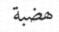
ھضبة